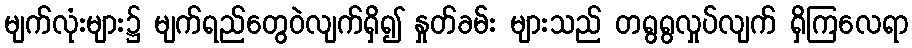
မျက်လုံးများ၌ မျက်ရည်တွေဝဲလျက်ရှိ၍ နှုတ်ခမ်း များသည် တရွရွလှုပ်လျက် ရှိကြလေရာ